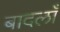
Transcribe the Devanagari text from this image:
बादलाँ